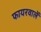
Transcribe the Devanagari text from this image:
फायरवालें